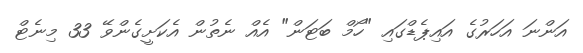
އަންނަ އަހަރުގެ އައިޕެޑްގައި "ހޯމް ބަޓަން" އެއް ނެތުން އެކަށީގެންވޭ 33 މިނެޓް